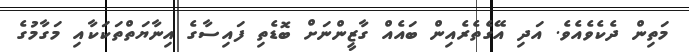
މަތިން ދެކެވެއެވެ. އަދި އޭގެތެރެއިން ބައެއް ގާޒީންނަށް ބޮޑެތި ފައިސާގެ އިނާޔަތްތަކަކާއި މަގާމުގެ